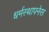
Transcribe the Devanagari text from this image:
धर्मस्थापनेस